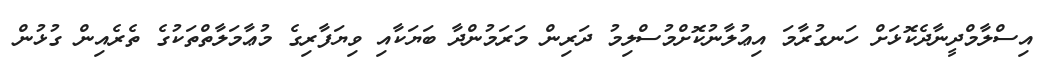
އިސްލާމްދީނާދެކޮޅަށް ހަނގުރާމަ އިޢުލާނުކޮށްމުސްލިމު ދަރިން މަރަމުންދާ ބަޔަކާއި ވިޔަފާރިގެ މުޢާމަލާތްތަކުގެ ތެރެއިން ގުޅުން